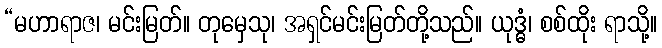
“မဟာရာဇ၊ မင်းမြတ်။ တုမှေသု၊ အရှင်မင်းမြတ်တို့သည်။ ယုဒ္ဓံ၊ စစ်ထိုး ရာသို့။